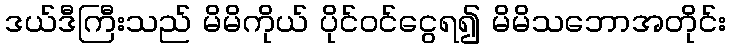
ဒယ်ဒီကြီးသည် မိမိကိုယ် ပိုင်ဝင်ငွေရ၍ မိမိသဘောအတိုင်း